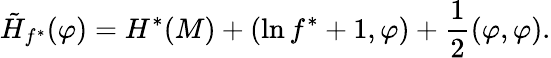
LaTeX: \tilde{H}_{f^{*}}(\varphi)=H^{*}(M)+(\ln f^{*}+1,\varphi)+\frac{1}{2}(\varphi,\varphi).